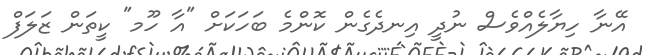
އޭނާ ހިޔާލެއްވެސް ނުދީ އިނދެގެން ކޮންމެ ބަހަކަށް "އާ ހޫމ" ކީތަން ޒަލަފް